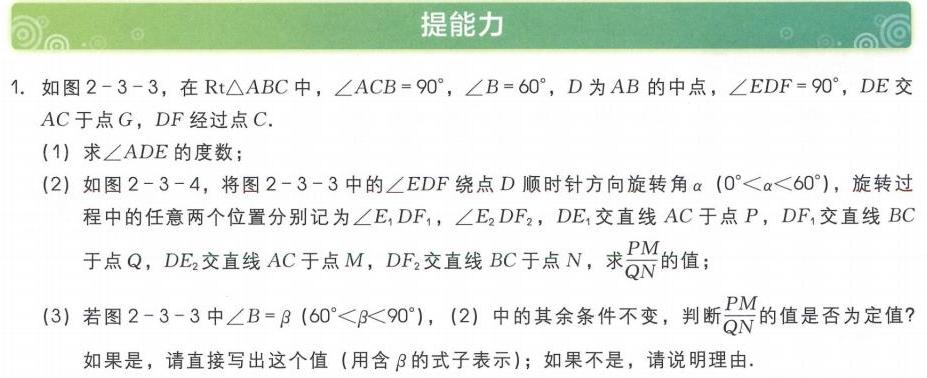
### 提能力
1. 如图2 - 3 - 3，在\(\text{Rt}\triangle ABC\)中，\(\angle ACB = 90^{\circ}\)，\(\angle B = 60^{\circ}\)，\(D\)为\(AB\)的中点，\(\angle EDF = 90^{\circ}\)，\(DE\)交\(AC\)于点\(G\)，\(DF\)经过点\(C\).
(1) 求\(\angle ADE\)的度数；
(2) 如图2 - 3 - 4，将图2 - 3 - 3中的\(\angle EDF\)绕点\(D\)顺时针方向旋转角\(\alpha(0^{\circ}<\alpha<60^{\circ})\)，旋转过程中的任意两个位置分别记为\(\angle E_{1}DF_{1}\)，\(\angle E_{2}DF_{2}\)，\(DE_{1}\)交直线\(AC\)于点\(P\)，\(DF_{1}\)交直线\(BC\)于点\(Q\)，\(DE_{2}\)交直线\(AC\)于点\(M\)，\(DF_{2}\)交直线\(BC\)于点\(N\)，求\(\frac{PM}{QN}\)的值；
(3) 若图2 - 3 - 3中\(\angle B=\beta(60^{\circ}<\beta<90^{\circ})\)，(2) 中的其余条件不变，判断\(\frac{PM}{QN}\)的值是否为定值？如果是，请直接写出这个值 (用含\(\beta\)的式子表示)；如果不是，请说明理由.